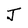
Character: J